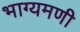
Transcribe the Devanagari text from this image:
भाग्यमणी